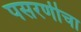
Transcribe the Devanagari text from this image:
पसरणीचा